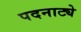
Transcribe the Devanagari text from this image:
पदनाट्ये